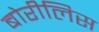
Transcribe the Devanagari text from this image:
बोरीलिस